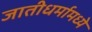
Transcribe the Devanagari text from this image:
जातीधर्मामध्ये